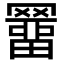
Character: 羀